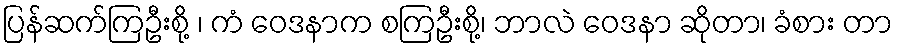
ပြန်ဆက်ကြဦးစို့ ၊ ကံ ဝေဒနာက စကြဦးစို့၊ ဘာလဲ ဝေဒနာ ဆိုတာ၊ ခံစား တာ